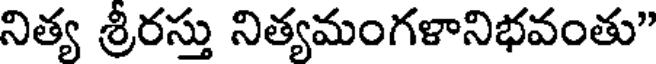
నిత్య శ్రీరస్తు నిత్యమంగళానిభవంతు"